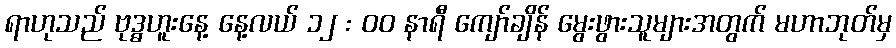
ရာဟုသည် ဗုဒ္ဓဟူးနေ့ နေ့လယ် ၁၂ : ၀၀ နာရီ ကျော်ချိန် မွေးဖွားသူများအတွက် မဟာဘုတ်မှ